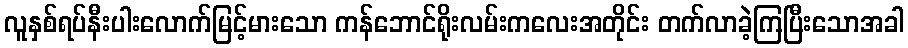
လူနှစ်ရပ်နီးပါးလောက်မြင့်မားသော ကန်ဘောင်ရိုးလမ်းကလေးအတိုင်း တက်လာခဲ့ကြပြီးသောအခါ